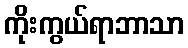
ကိုးကွယ်ရာဘာသာ